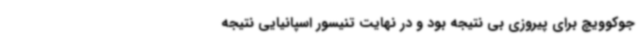
جوکوویچ برای پیروزی بی نتیجه بود و در نهایت تنیسور اسپانیایی نتیجه